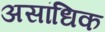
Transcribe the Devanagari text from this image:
असांधिक